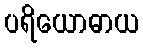
ပရိယောဓာယ